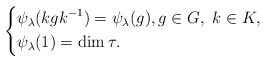
\begin{align*}\left\{\begin{aligned} &\psi_\lambda(kgk^{-1})=\psi_\lambda(g),g\in G, ~k\in K,\\& \psi_\lambda(1)=\dim\tau.\end{aligned}\right.\end{align*}